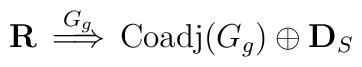
\mathbf{R} \, \stackrel{G_g}{\Longrightarrow} \,  \mathrm{Coadj}(G_g) \oplus \mathbf{D}_S